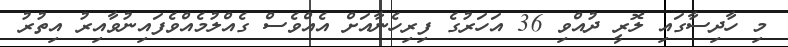
މި ހާދިސާގައި ލޮރީ ދުއްވި 36 އަހަރުގެ ފިރިހެނާއަށް އެއްވެސް ގެއްލުމެއްވެފައިނުވާއިރު އިތުރު